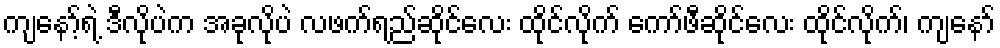
ကျနော့်ရဲ့ ဒီလိုပဲက အခုလိုပဲ လဖက်ရည်ဆိုင်လေး ထိုင်လိုက် ကော်ဖီဆိုင်လေး ထိုင်လိုက်၊ ကျနော်